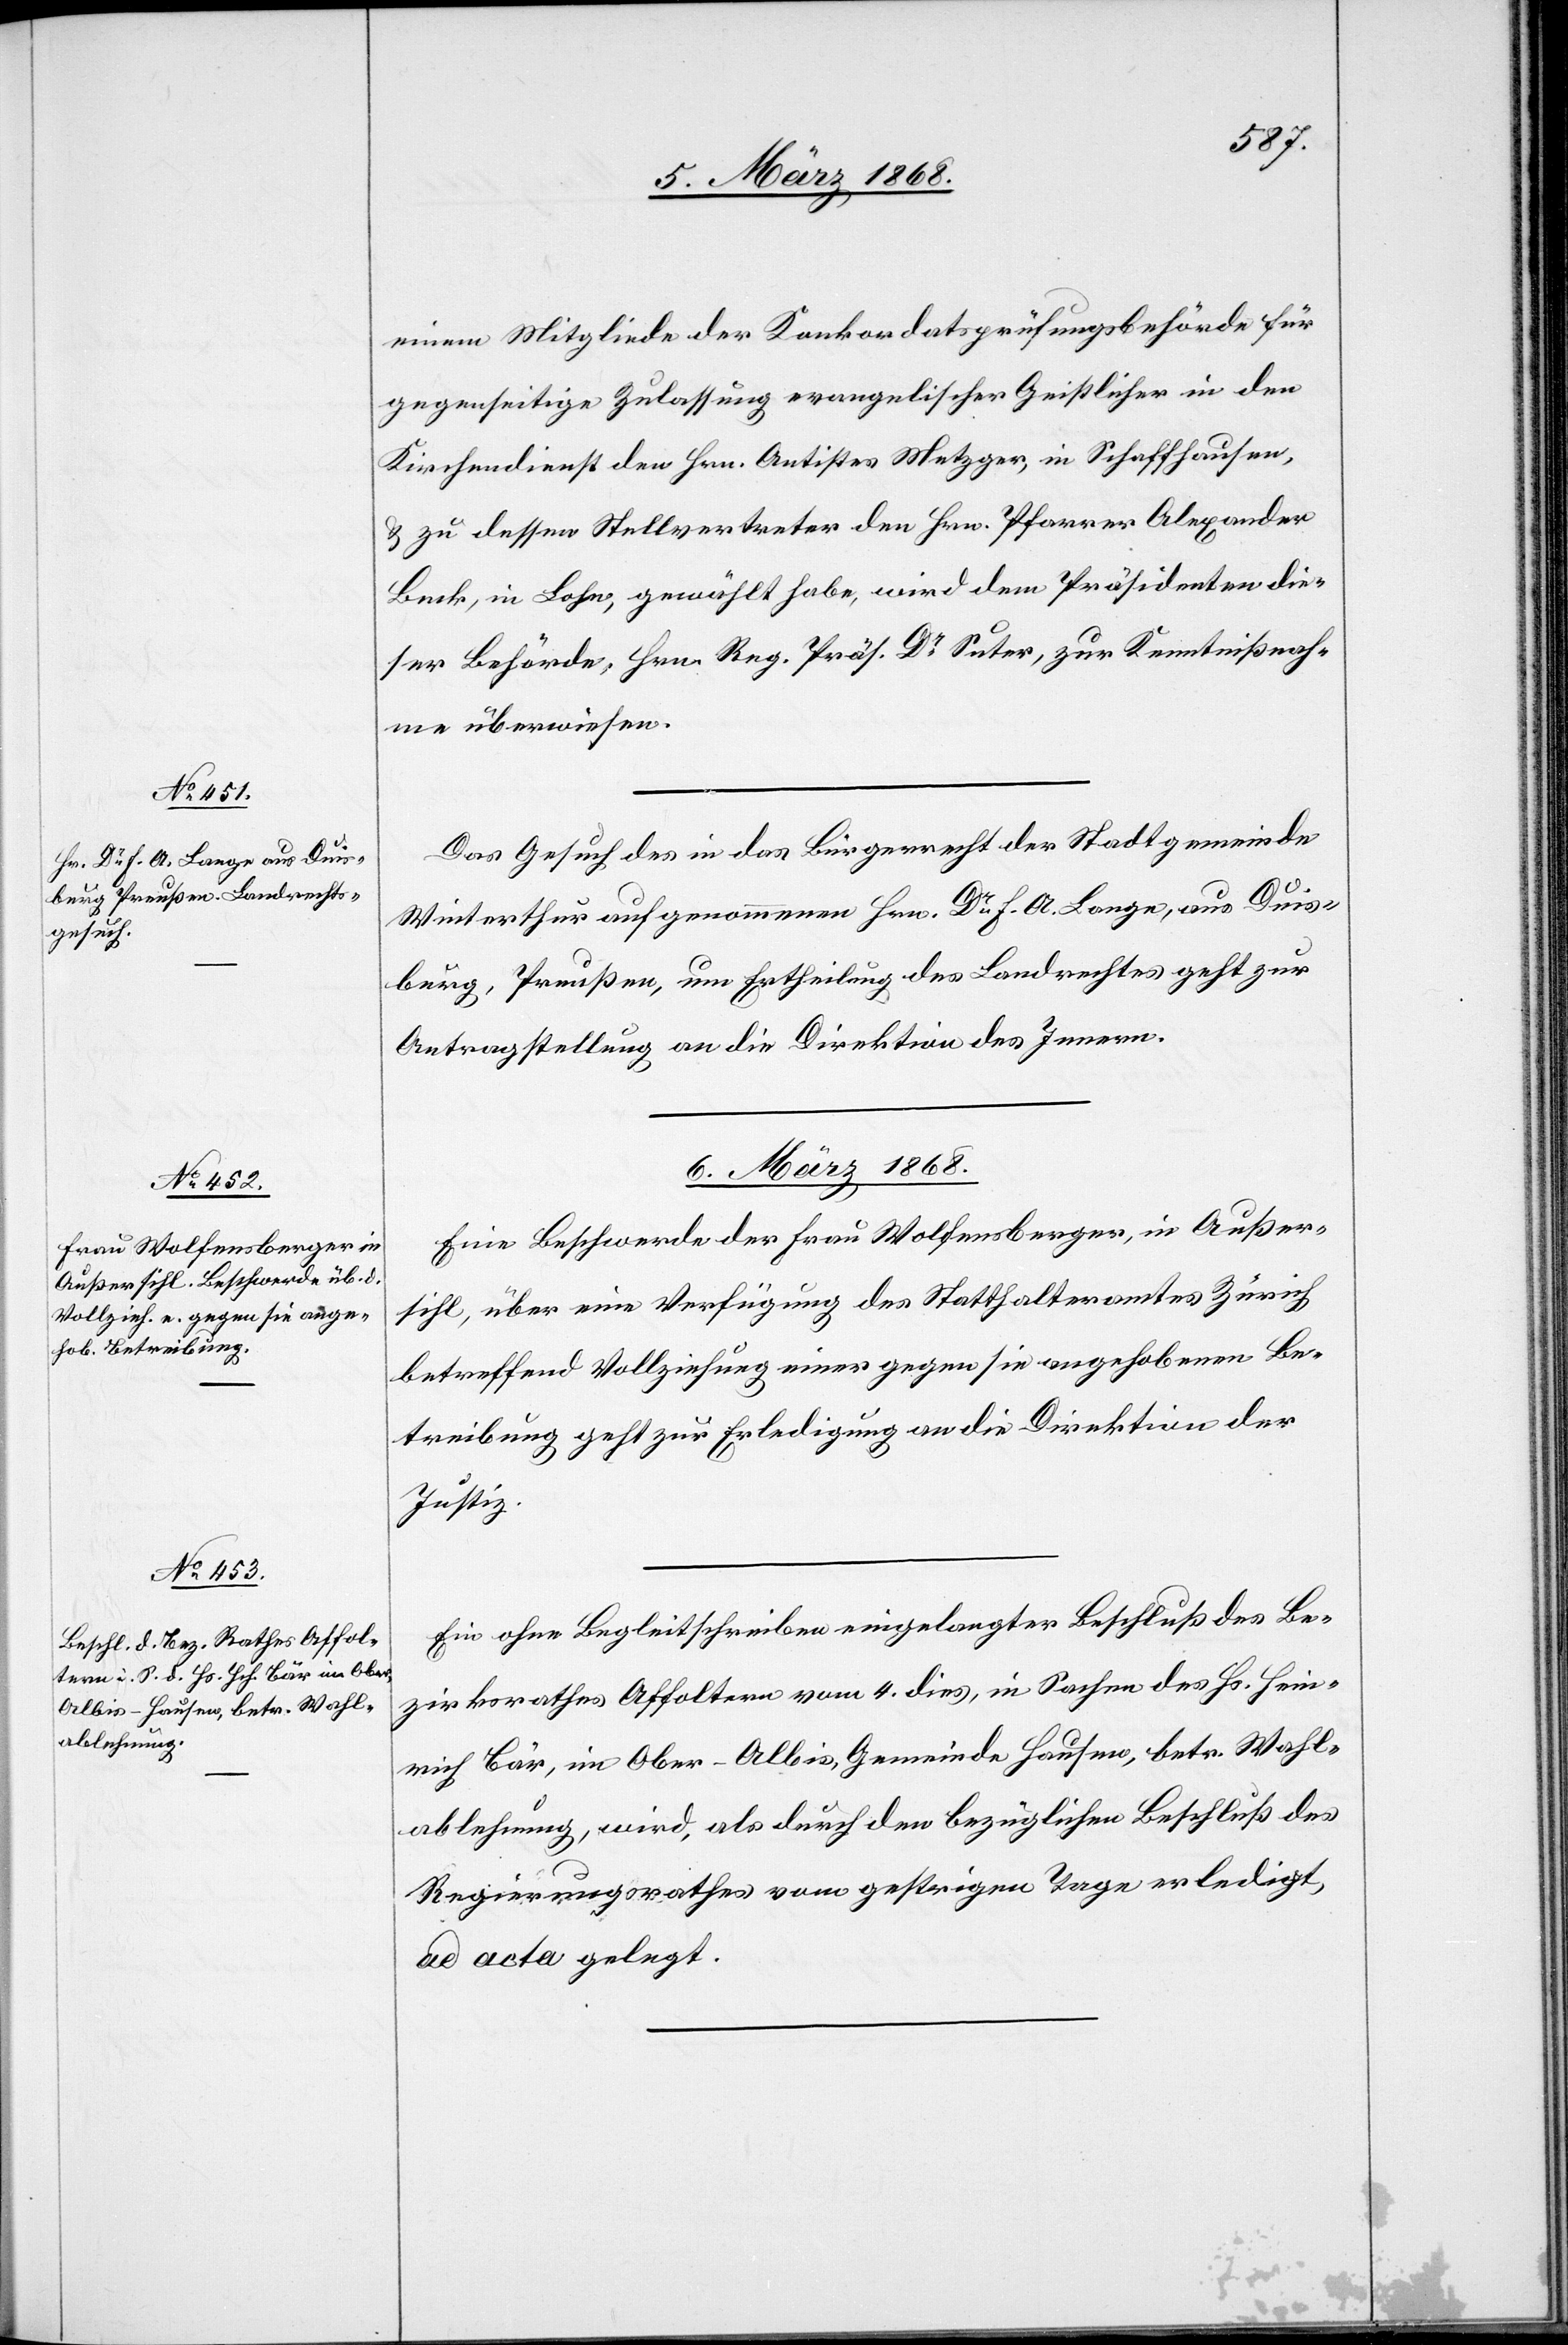
5. März 1868.]
einem Mitgliede der Konkordatsprüfungsbehörde für
gegenseitige Zulassung evangelischer Geistlicher in den
Kirchendienst den Hrn. Antistes Metzger, in Schaffhausen,
& zu dessen Stellvertreter den Hrn. Pfarrer Alexander
Beck, in Lohn, gewählt habe, wird dem Präsidenten die¬
ser Behörde, Hrn. Reg. Präs. Dr. Suter, zur Kenntnißnah¬
me überwiesen.
Das Gesuch des in das Bürgerrecht der Stadtgemeinde
Winterthur aufgenommenen Hrn. Dr. F. A. Lange, aus Duis¬
burg, Preußen, um Ertheilung des Landrechtes geht zur
Antragstellung an die Direktion des Innern.
6. März 1868.]
Eine Beschwerde der Frau Wolfensberger, in Außer¬
sihl, über eine Verfügung des Statthalteramtes Zürich
betreffend Vollziehung einer gegen sie angehobenen Be¬
treibung geht zur Erledigung an die Direktion der
Justiz.
Ein ohne Begleitschreiben eingelangter Beschluß des Be¬
zirksrathes Affoltern vom 4. dies, in Sachen des Hs. Hein¬
rich Bär, im Ober-Albis, Gemeinde Hausen, betr. Wahl¬
ablehnung, wird, als durch den bezüglichen Beschluß des
Regierungsrathes vom gestrigen Tage erledigt,
ad acta gelegt.